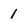
Character: 1